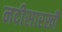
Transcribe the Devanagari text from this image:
नदीसारखी